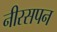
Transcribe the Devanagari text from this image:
नीरसपन